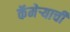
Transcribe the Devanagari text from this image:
कॅमेर्‍याची